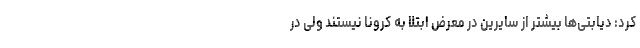
کرد: دیابتی‌ها بیشتر از سایرین در معرض ابتلا به کرونا نیستند ولی در